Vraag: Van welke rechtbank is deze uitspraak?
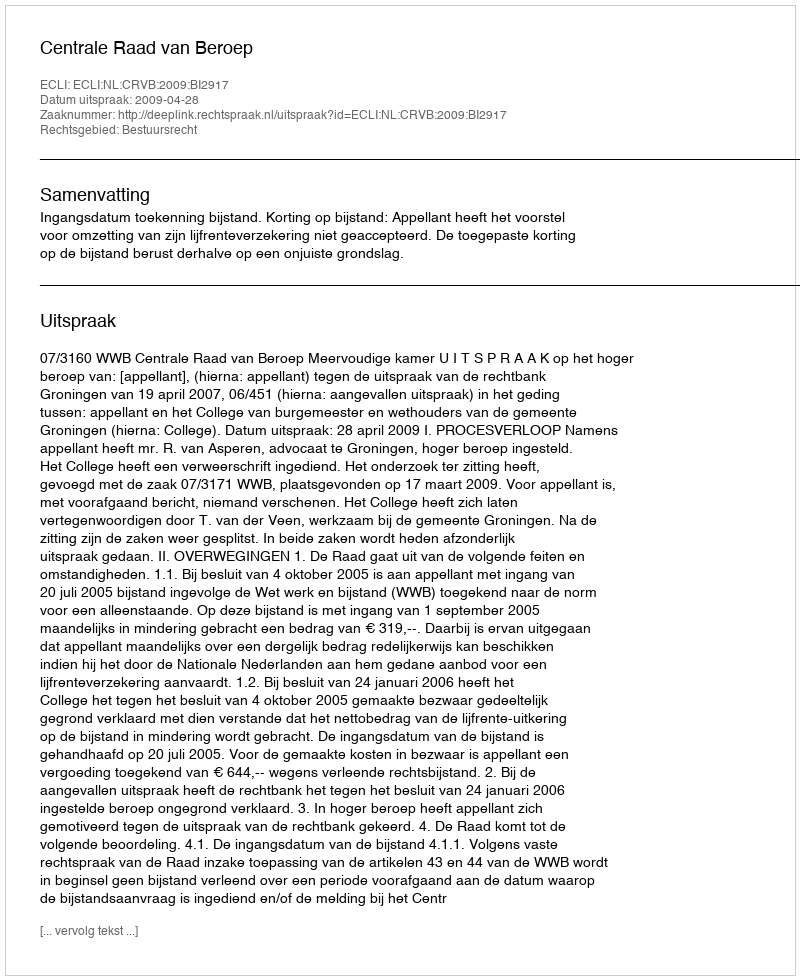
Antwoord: Centrale Raad van Beroep